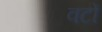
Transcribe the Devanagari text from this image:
वटों